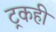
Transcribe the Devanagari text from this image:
ट्रकही